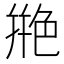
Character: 艵